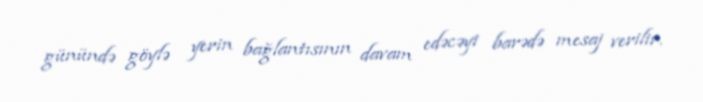
günündə göylə yerin bağlantısının davam edəcəyi barədə mesaj verilir.